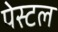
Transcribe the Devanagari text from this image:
पेस्‍टल